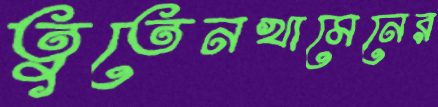
তুতেনখামেনের